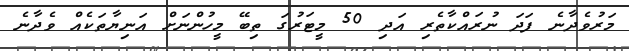
މަރުވެދާނެ ފަދަ ނުރައްކާތެރި އަދި 50 މީޓަރުގަ ތިބޭ މީހުންނަށް އަނިޔާތަކެއް ވެދާނެ